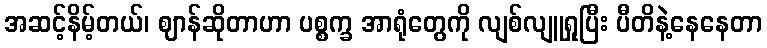
အဆင့်နိမ့်တယ်၊ ဈာန်ဆိုတာဟာ ပစ္စက္ခ အာရုံတွေကို လျစ်လျူရှုပြီး ပီတိနဲ့နေနေတာ